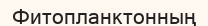
Фитопланктонның